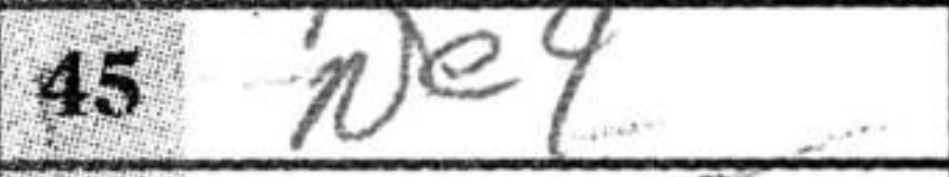
Transcription: Ne4